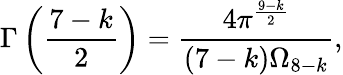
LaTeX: \Gamma\left(\frac{7-k}{2}\right)=\frac{4\pi^{\frac{9-k}{2}}}{(7-k)\Omega_{8-k}},